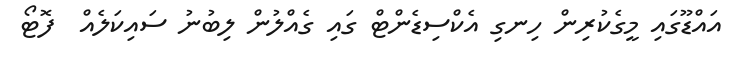
އައްޑޫގައި މީގެކުރިން ހިނގި އެކްސިޑެންޓް ގައި ގެއްލުން ލިބުނު ސައިކަލެއް  ފޮޓޯ